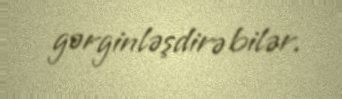
gərginləşdirə bilər.